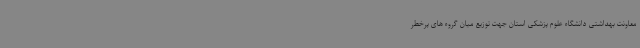
معاونت بهداشتی دانشگاه علوم پزشکی استان جهت توزیع میان گروه های پرخطر